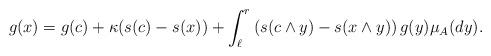
LaTeX: \begin{align*}g(x)=g(c)+\kappa (s(c)-s(x)) +\int_{\ell}^r \left(s(c\wedge y)-s(x\wedge y)\right)g(y)\mu_A(dy).\end{align*}